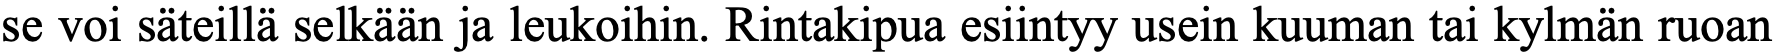
se voi säteillä selkään ja leukoihin. Rintakipua esiintyy usein kuuman tai kylmän ruoan